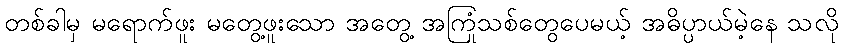
တစ်ခါမှ မရောက်ဖူး မတွေ့ဖူးသော အတွေ့ အကြုံသစ်တွေပေမယ့် အဓိပ္ပာယ်မဲ့နေ သလို